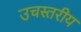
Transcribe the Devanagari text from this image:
उचस्तरीय